Vaccine operations Central Provinces 1886-1899 - 1886-1899
Year: 1886
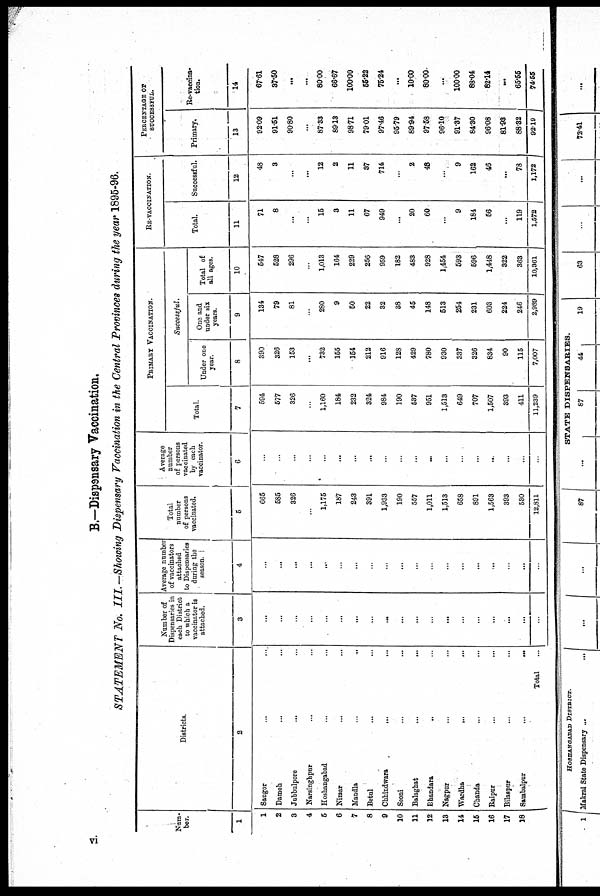
B.—Dispensary Vaccination.
STATEMENT No. III. —Showing Dispensary Vaccination in the Central Provinces during the year 1895-96.
Num-
ber.
1
1
2
3
4
5
6
7
8
9
10
11
12
13
14
15
16
17
18
Districts.
2
Saugor ... ...
Damoh ... ...
Jubbulpore ... ...
Narsinghpur ... ...
Hoshangabad ... ...
Nimar ... ...
Mandla
...
...
Betul ... ...
Chhindwara
...
...
Seoni ... ...
Balaghat
...
...
Bhandara ... ...
Nagpur ... ...
Wardha ... ...
Chanda ... ...
Raipur ... ...
Bilaspur ... ...
Sambalpur
...
...
Total ...
Number of
Dispensaries in
each District
to which a
vaccinator is
attached.
3
...
...
...
...
...
...
...
...
...
...
...
...
...
...
...
...
...
...
...
Average number
of vaccinators
attached
to Dispensaries
during the
season.
4
...
...
...
...
...
...
...
...
...
...
...
...
...
...
...
...
...
...
...
Total
number
of persons
vaccinated.
5
665
585
326
...
1,175
187
243
391
1,933
190
557
1,011
1,513
658
891
1,563
393
530
12,811
Average
number
of persons
vaccinated
by each
vaccinator.
6
...
...
...
...
...
...
...
...
...
...
...
...
...
...
...
...
...
...
...
PRIMARY VACCINATION.
Successful.
Total.
7
594
577
326
...
1,160
184
232
324
984
190
537
951
1,513
649
707
1,507
393
411
11,239
Under one
year.
8
390
326
153
...
732
155
154
212
916
128
429
780
930
337
326
834
90
115
7,007
One and
under six
years.
9
134
79
81
...
280
9
50
22
32
38
45
148
513
254
231
603
224
246
2,989
Total of
all ages.
10
547
528
296
...
1,013
164
229
256
959
182
483
928
1,454
593
596
1,448
322
363
10,361
RE-VACCINATION.
Total.
11
71
8
...
...
15
3
11
67
949
...
20
60
...
9
184
56
...
119
1,572
Successful.
12
48
3
...
...
12
2
11
37
714
...
2
48
...
9
162
46
...
78
1,172
PERCENTAGE OF
SUCCESSFUL.
Primary.
13
92.09
91.51
90.80
...
87.33
89.18
98.71
79.01
97.46
95.79
89.94
97.58
96.10
91.37
84.30
96.08
81.93
88.32
92.19
Re-vaccina-
tion.
14
67.61
37.50
...
...
80.00
66.67
100.00
55.22
75.24
...
10.00
80.00
...
100.00
88.04
82.14
...
65.55
74.55
vi